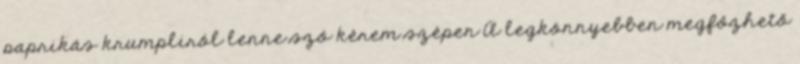
paprikás krumpliról lenne szó kérem szépen A legkönnyebben megfőzhető